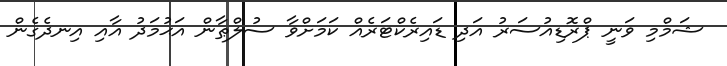
ޝަމްމި ވަނީ ޕްރޮޑިއުސަރު އަދި ޑައިރެކްޓަރެއް ކަމަށްވާ ސުލްޠާން އަޙުމަދު އާއި އިނދެގެން